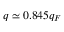
q \simeq 0 . 8 4 5 q _ { F }